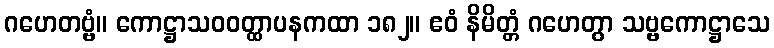
ဂဟေတဗ္ဗံ။ ကောဋ္ဌာသဝဝတ္ထာပနကထာ ၁၈၂။ ဧဝံ နိမိတ္တံ ဂဟေတွာ သဗ္ဗကောဋ္ဌာသေ